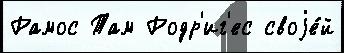
Рамос Там Родр'иг'ес своjе́й